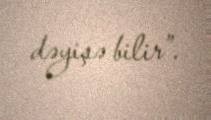
dəyişə bilir”.